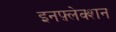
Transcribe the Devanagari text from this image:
इनफ़्लेक्शन